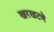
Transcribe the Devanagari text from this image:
खरखटणे